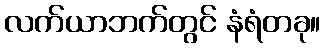
လက်ယာဘက်တွင် နံရံတခု။